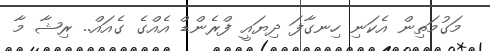
މަގުމަތިން އެކަނި ހިނގާފަ ދިޔައީ ފްރެންޑް އެއްގެ ގެއައް.. ރިޝާ މާ